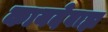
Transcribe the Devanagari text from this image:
कायदेबाह्य